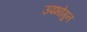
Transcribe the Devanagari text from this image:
उपभोगुन